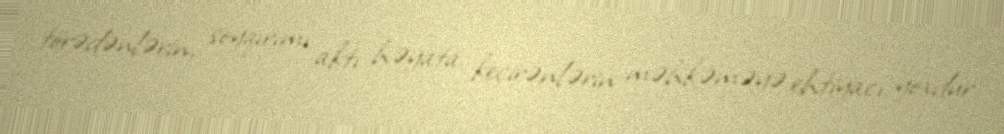
törədənlərin, soyqırımı aktı həyata keçirənlərin məhkəməyə ehtiyacı yoxdur.